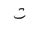
Letter: _ta